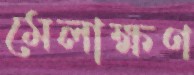
মেলাক্ষণ